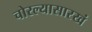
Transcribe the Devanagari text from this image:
चोरल्यासारखं